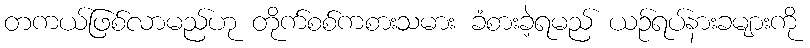
တကယ်ဖြစ်လာမည်ဟု တိုက်စစ်ကစားသမား ခံစားခဲ့ရမည် ယဉ်ရပ်နားခများကို